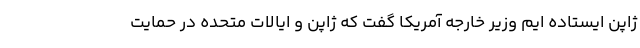
ژاپن ایستاده ایم وزیر خارجه آمریکا گفت که ژاپن و ایالات متحده در حمایت